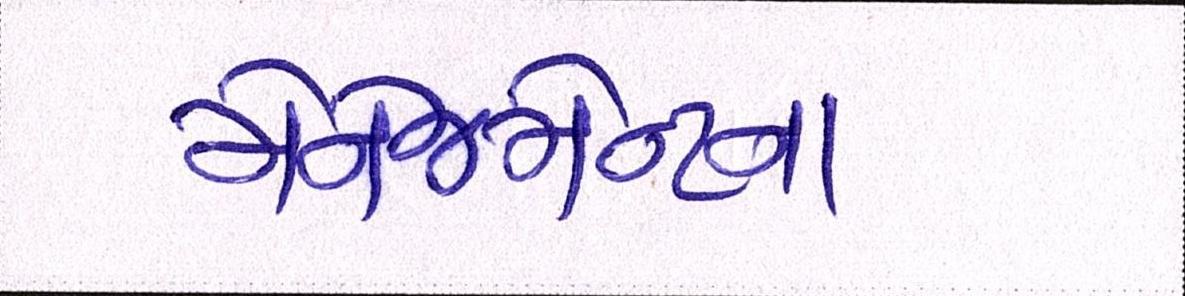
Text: મેનેજમેન્ટના